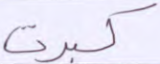
كبرت